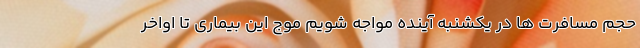
حجم مسافرت ها در یکشنبه آینده مواجه شویم موج این بیماری تا اواخر